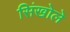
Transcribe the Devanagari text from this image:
सिंखोले